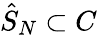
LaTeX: {\hat{S}}_{N}\subset C